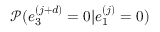
\mathcal { P } ( e _ { 3 } ^ { ( j + d ) } = 0 | e _ { 1 } ^ { ( j ) } = 0 )